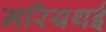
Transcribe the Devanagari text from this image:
मरियथई